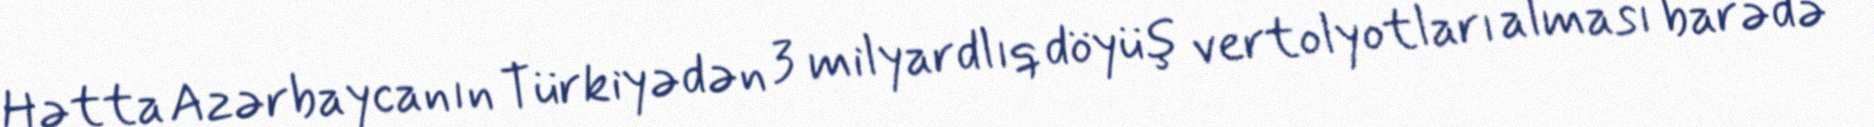
Hətta Azərbaycanın Türkiyədən 3 milyardlıq döyüş vertolyotları alması barədə